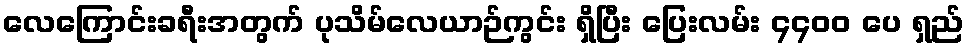
လေကြောင်းခရီးအတွက် ပုသိမ်လေယာဉ်ကွင်း ရှိပြီး ပြေးလမ်း ၄၄၀၀ ပေ ရှည်